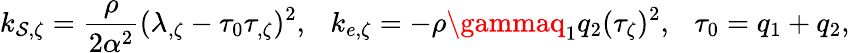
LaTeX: k_{\mathcal{S},\zeta}={\frac{{\rho}}{{2\alpha^{2}}}}(\lambda_{,\zeta}-\tau_{0}\tau_{,\zeta})^{2},\ \ \ k_{e,\zeta}=-\rho\gammaq_{1}q_{2}(\tau_{\zeta})^{2},\ \ \ \tau_{0}=q_{1}+q_{2},